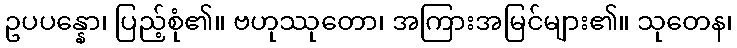
ဥပပန္နော၊ ပြည့်စုံ၏။ ဗဟုဿုတော၊ အကြားအမြင်များ၏။ သုတေန၊